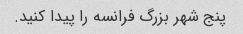
پنج شهر بزرگ فرانسه را پیدا کنید.